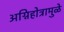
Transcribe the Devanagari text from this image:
अग्निहोत्रामुळे